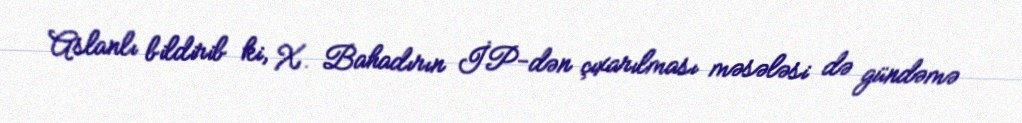
Aslanlı bildirib ki, X. Bahadırın İP-dən çıxarılması məsələsi də gündəmə